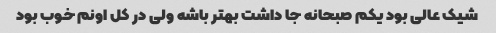
شیک عالی بود یکم صبحانه جا داشت بهتر باشه ولی در کل اونم خوب بود